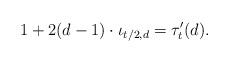
LaTeX: \begin{align*}1+2(d-1)\cdot \iota_{t/2,d} = \tau'_t(d).\end{align*}